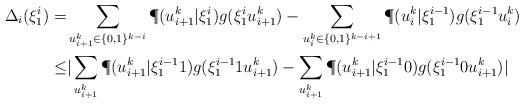
LaTeX: \begin{align*}\Delta_i(\xi_{1}^{i})=&\sum_{u_{i+1}^{k}\in\{0,1\}^{k-i}}\P(u_{i+1}^{k}|\xi_{1}^{i})g(\xi_1^iu_{i+1}^{k})-\sum_{u_{i}^{k}\in\{0,1\}^{k-i+1}}\P(u_{i}^{k}|\xi_{1}^{i-1})g(\xi_1^{i-1}u_{i}^{k})\\\leq&|\sum_{u_{i+1}^{k}}\P(u_{i+1}^{k}|\xi_{1}^{i-1}1)g(\xi_1^{i-1}1u_{i+1}^{k})-\sum_{u_{i+1}^{k}}\P(u_{i+1}^{k}|\xi_{1}^{i-1}0)g(\xi_1^{i-1}0u_{i+1}^{k})|\end{align*}